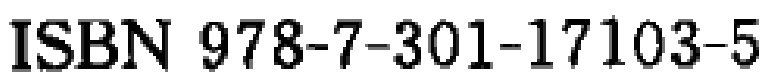
ISBN 978-7-301-17103-5